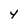
Character: y